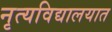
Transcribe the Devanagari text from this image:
नृत्यविद्यालयात